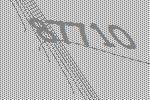
87710